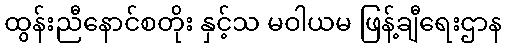
ထွန်းညီနောင်စတိုး နှင့်သ မဝါယမ ဖြန့်ချီရေးဌာန